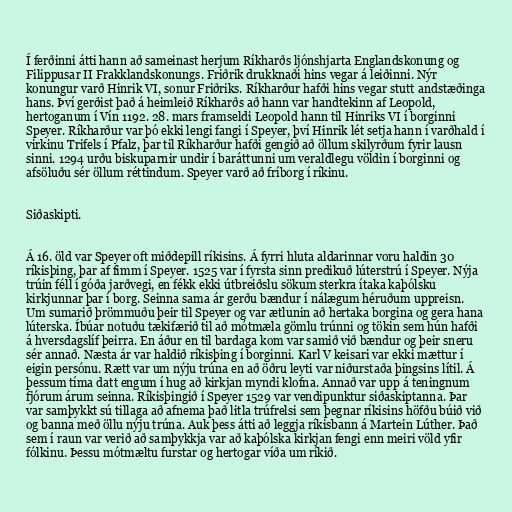
Í ferðinni átti hann að sameinast herjum Ríkharðs ljónshjarta Englandskonung og
Filippusar II Frakklandskonungs. Friðrik drukknaði hins vegar á leiðinni. Nýr
konungur varð Hinrik VI, sonur Friðriks. Ríkharður hafði hins vegar stutt andstæðinga
hans. Því gerðist það á heimleið Ríkharðs að hann var handtekinn af Leopold,
hertoganum í Vín 1192. 28. mars framseldi Leopold hann til Hinriks VI í borginni
Speyer. Ríkharður var þó ekki lengi fangi í Speyer, því Hinrik lét setja hann í varðhald í
virkinu Trifels í Pfalz, þar til Ríkharður hafði gengið að öllum skilyrðum fyrir lausn
sinni. 1294 urðu biskuparnir undir í baráttunni um veraldlegu völdin í borginni og
afsöluðu sér öllum réttindum. Speyer varð að fríborg í ríkinu.

Siðaskipti.

Á 16. öld var Speyer oft miðdepill ríkisins. Á fyrri hluta aldarinnar voru haldin 30
ríkisþing, þar af fimm í Speyer. 1525 var í fyrsta sinn predikuð lúterstrú í Speyer. Nýja
trúin féll í góða jarðvegi, en fékk ekki útbreiðslu sökum sterkra ítaka kaþólsku
kirkjunnar þar í borg. Seinna sama ár gerðu bændur í nálægum héruðum uppreisn.
Um sumarið þrömmuðu þeir til Speyer og var ætlunin að hertaka borgina og gera hana
lúterska. Íbúar notuðu tækifærið til að mótmæla gömlu trúnni og tökin sem hún hafði
á hversdagslíf þeirra. En áður en til bardaga kom var samið við bændur og þeir sneru
sér annað. Næsta ár var haldið ríkisþing í borginni. Karl V keisari var ekki mættur í
eigin persónu. Rætt var um nýju trúna en að öðru leyti var niðurstaða þingsins lítil. Á
þessum tíma datt engum í hug að kirkjan myndi klofna. Annað var upp á teningnum
fjórum árum seinna. Ríkisþingið í Speyer 1529 var vendipunktur siðaskiptanna. Þar
var samþykkt sú tillaga að afnema það litla trúfrelsi sem þegnar ríkisins höfðu búið við
og banna með öllu nýju trúna. Auk þess átti að leggja ríkisbann á Martein Lúther. Það
sem í raun var verið að samþykkja var að kaþólska kirkjan fengi enn meiri völd yfir
fólkinu. Þessu mótmæltu furstar og hertogar víða um ríkið.